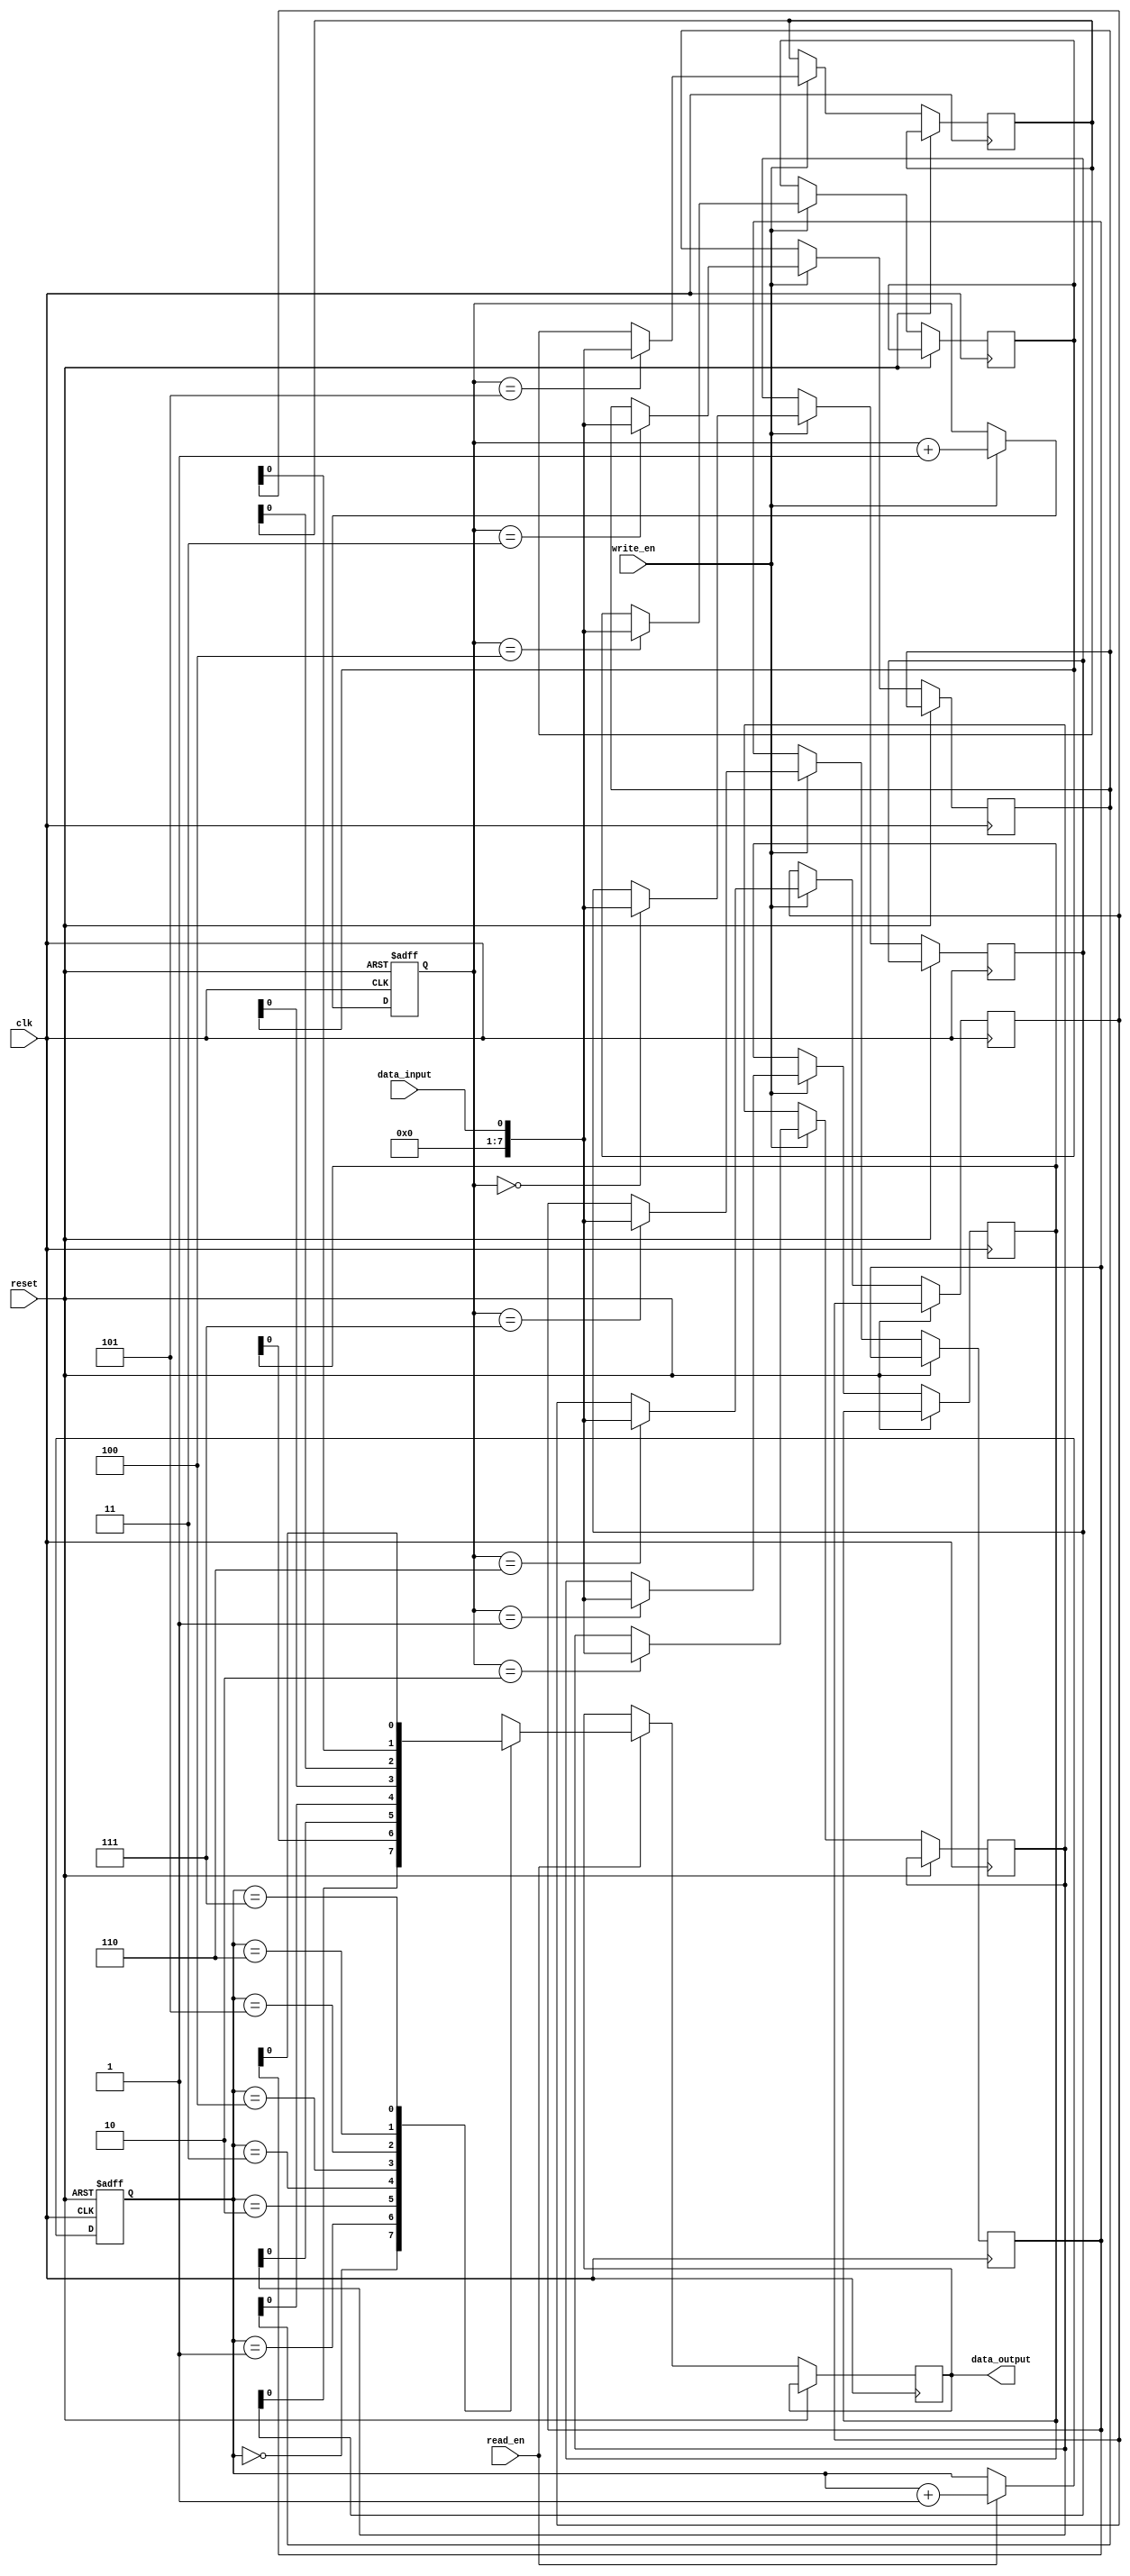
module fifo_buffer (
    input clk,
    input reset,
    input write_en,
    input read_en,
    input data_input,
    output reg data_output
);

reg [7:0] fifo [0:7];
reg [2:0] write_pointer;
reg [2:0] read_pointer;

always @(posedge clk or posedge reset) begin
    if (reset) begin
        write_pointer <= 3'b000;
        read_pointer <= 3'b000;
    end else begin
        if (write_en) begin
            fifo[write_pointer] <= data_input;
            write_pointer <= write_pointer + 1;
        end
        if (read_en) begin
            data_output <= fifo[read_pointer];
            read_pointer <= read_pointer + 1;
        end
    end
end

endmodule